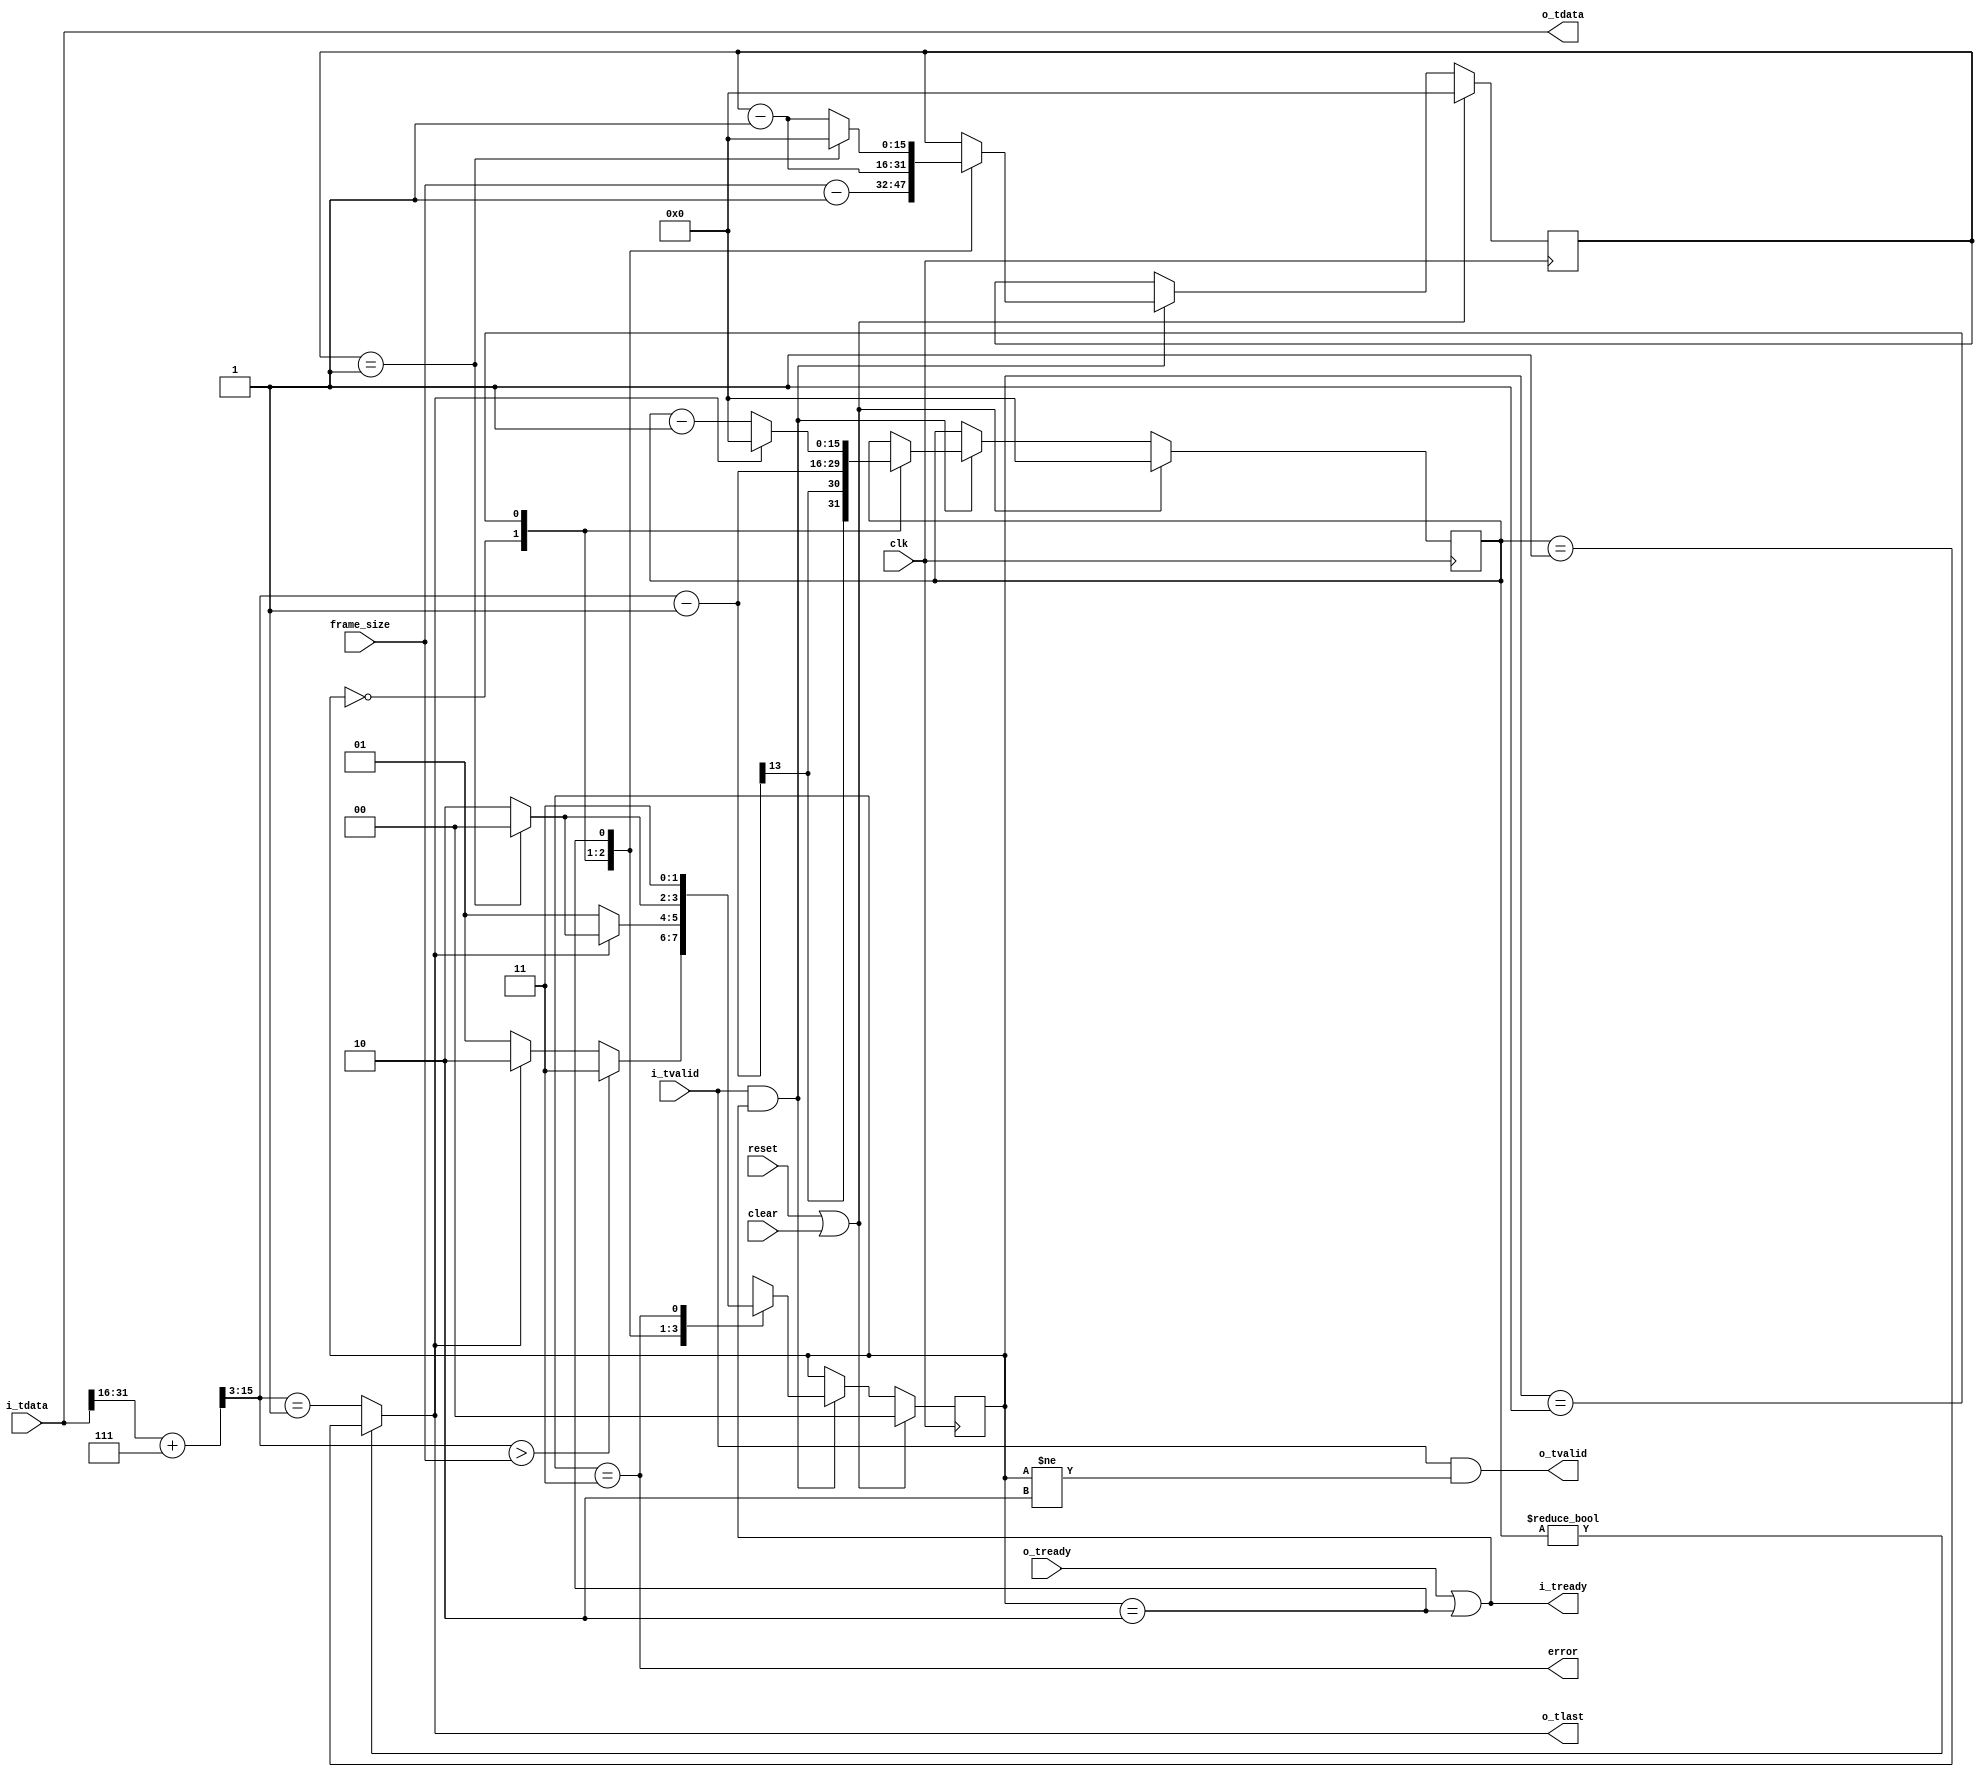
//
// Copyright 2013 Ettus Research LLC
// Copyright 2018 Ettus Research, a National Instruments Company
//
// SPDX-License-Identifier: LGPL-3.0-or-later
//


module chdr_dechunker # (
   parameter PAD_VALUE = 64'hFFFFFFFF_FFFFFFFF
) (
   input          clk,
   input          reset,
   input          clear,
   input [15:0]   frame_size,

   input [63:0]   i_tdata,
   input          i_tvalid,
   output         i_tready,

   output [63:0]  o_tdata,
   output         o_tlast,
   output         o_tvalid,
   input          o_tready,

   output         error
);

   localparam ST_HEADER  = 2'd0;
   localparam ST_DATA    = 2'd1;
   localparam ST_PADDING = 2'd2;
   localparam ST_ERROR   = 2'd3;

   reg [1:0]   state;
   reg [15:0]  frame_rem, pkt_rem;
   wire        i_tlast;

   // axi_len = ceil(length / 8)
   wire [15:0] cvita_len_ceil = i_tdata[31:16] + 7;
   wire [15:0] axi_len = {3'b000, cvita_len_ceil[15:3]};

   always @(posedge clk) begin
      if (reset | clear) begin
         state <= ST_HEADER;
         frame_rem <= 16'd0;
         pkt_rem   <= 16'd0;
      end else if (i_tvalid & i_tready) begin
         case (state)
            ST_HEADER: begin
               if (axi_len > frame_size)
                  state <= ST_ERROR;
               else if (~o_tlast)
                  state <= ST_DATA;
               else
                  state <= ST_PADDING;

               frame_rem <= frame_size - 16'd1;
               pkt_rem   <= axi_len - 16'd1;
            end

            ST_DATA: begin
               if (o_tlast) begin
                  state   <= i_tlast ? ST_HEADER : ST_PADDING;
                  pkt_rem <= 16'd0;
               end else begin
                  state   <= ST_DATA;
                  pkt_rem <= pkt_rem - 16'd1;
               end
               frame_rem <= frame_rem - 16'd1;
            end

            ST_PADDING: begin
               if (i_tlast) begin
                  state   <= ST_HEADER;
                  frame_rem <= 16'd0;
               end else begin
                  state   <= ST_PADDING;
                  frame_rem <= frame_rem - 16'd1;
               end
            end

            ST_ERROR: begin
               // We never leave the error state. However, we can't reach it
               // with PCIe if we configure our transport according to the
               // NI-RIO configuration.
               state <= ST_ERROR;
            end
         endcase
      end
   end

   assign i_tready = o_tready | (state == ST_PADDING);
   assign i_tlast = (frame_rem == 16'd1); //Temp signal

   assign o_tvalid = i_tvalid & (state != ST_PADDING);
   assign o_tlast = (pkt_rem != 0) ? (pkt_rem == 16'd1) : (axi_len == 16'd1);
   assign o_tdata  = i_tdata;

   assign error = (state == ST_ERROR);

endmodule // chdr_dechunker